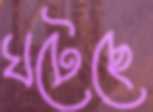
ঘটেছে